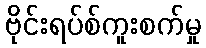
ဗိုင်းရပ်စ်ကူးစက်မှု